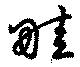
畦